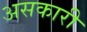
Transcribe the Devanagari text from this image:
असकारी